Vaccine operations Central Provinces & Berar 1922-1929 - 1922-1929
Year: 1922
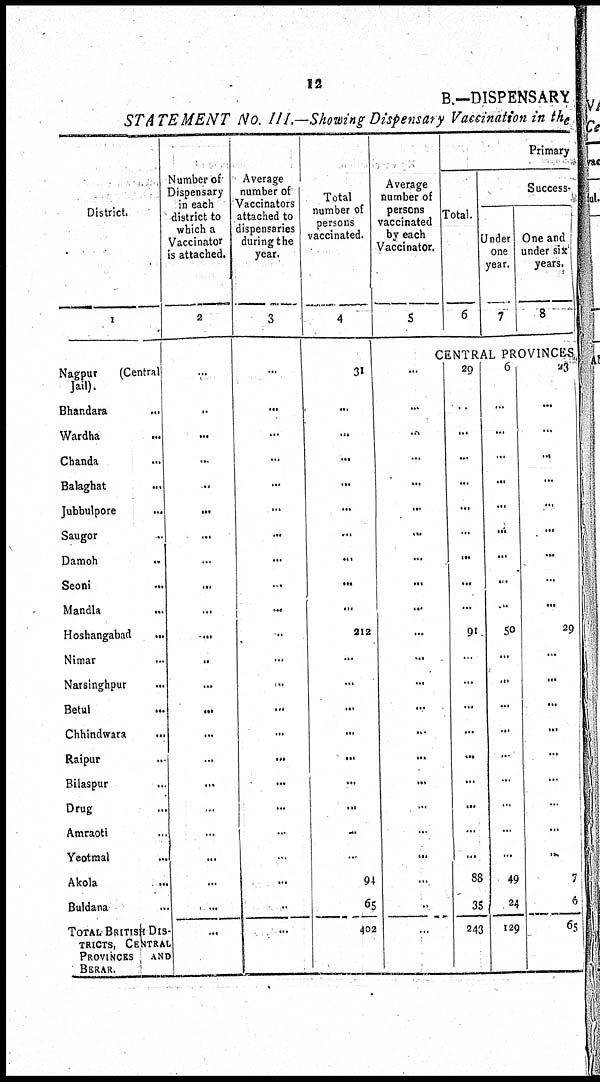
12
B.—DISPENSARY
STATEMENT No. III.—Showing Dispensary Vaccination in the
District.
1
Nagpur
(Central
Jail).
Bhandara
...
Wardha ...
Chanda ...
Balaghat ...
Jubbulpore
...
Saugor ...
Damoh
...
Seoni
...
Mandla
...
Hoshangabad ...
Nimar ...
Narsinghpur
...
Betul ...
Chhindwara ...
Raipur ...
Bilaspur ...
Drug ...
Amraoti ...
Yeotmal ...
Akola ...
Buldana ...
TOTAL BRITISH DIS-
------, CENTRAL
PROVINCES
AND
BERAR.
Number of
Dispensary
in each
district to
which a
Vaccinator
is attached.
2
...
...
...
...
...
...
...
...
...
...
...
...
...
...
...
...
...
...
...
...
...
...
...
Average
number of
Vaccinators
attached to
dispensaries
during the
year.
3
...
...
...
...
...
...
...
...
...
...
...
...
...
...
...
...
...
...
...
...
...
...
...
Total
number of
persons
vaccinated.
4
31
...
...
...
...
...
...
...
...
...
212
...
...
...
...
...
...
...
...
...
94
65
402
Average
number of
persons
vaccinated
by each
Vaccinator.
5
Primary
Total.
6
Success-
Under
one
year.
7
One and
under six
years.
8
CENTRAL PROVINCES
...
...
...
...
...
...
...
...
...
...
...
...
...
...
...
...
...
...
...
...
...
...
...
29
...
...
...
...
...
...
...
...
...
91
...
...
...
...
...
...
...
...
...
88
35
243
6
...
...
...
...
...
...
...
...
...
50
...
...
...
...
...
...
...
...
...
49
24
129
23
...
...
...
...
...
...
...
...
...
29
...
...
...
...
...
...
...
...
...
7
6
65